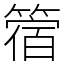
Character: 䈹